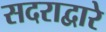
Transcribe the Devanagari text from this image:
सदराद्वारे